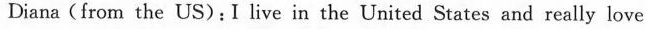
Diana(from the US):I live in the United States and really love